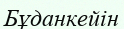
Бұданкейін